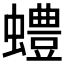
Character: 𫋠